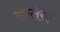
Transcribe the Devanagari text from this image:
संग्लेख